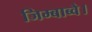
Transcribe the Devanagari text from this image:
जिम्बाब्वे।